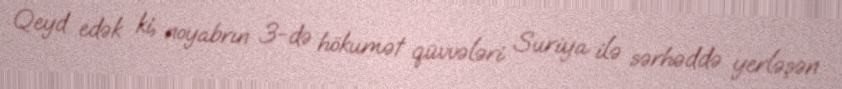
Qeyd edək ki, noyabrın 3-də hökumət qüvvələri Suriya ilə sərhəddə yerləşən